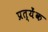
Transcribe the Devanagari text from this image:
प्रत्येंक